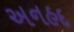
અનહદ